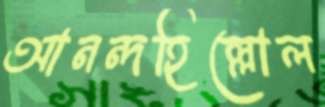
আনন্দহিল্লোল